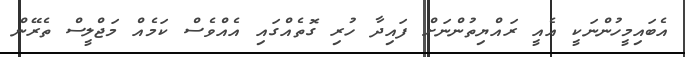
އެބައިމީހުންނަކީ އެއީ ރައްޔިތުންނަށް ފައިދާ ހުރި ގޮތެއްގައި އެއްވެސް ކަމެއް މަޖްލީސް ތެރޭން